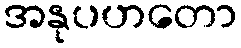
အနုပဟတော